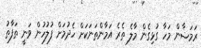
ރަމަޟާން މަހާ ގުޅިގެން މާލެ ތެރެ އަމާންތަނަކަށް ހެދުމަށް ފުލުހުން ވަނީ ތަފާތު